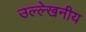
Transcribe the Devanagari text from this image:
उल्‍ल्‍ेखनीय